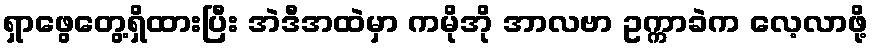
ရှာဖွေတွေ့ရှိထားပြီး အဲဒီအထဲမှာ ကမိုအို အာလဗာ ဥက္ကာခဲက လေ့လာဖို့